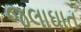
જલાઘાત